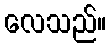
လေသည်။